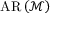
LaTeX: \operatorname { A R } \left( { \mathcal { M } } \right)